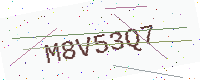
Text: M8V53Q7